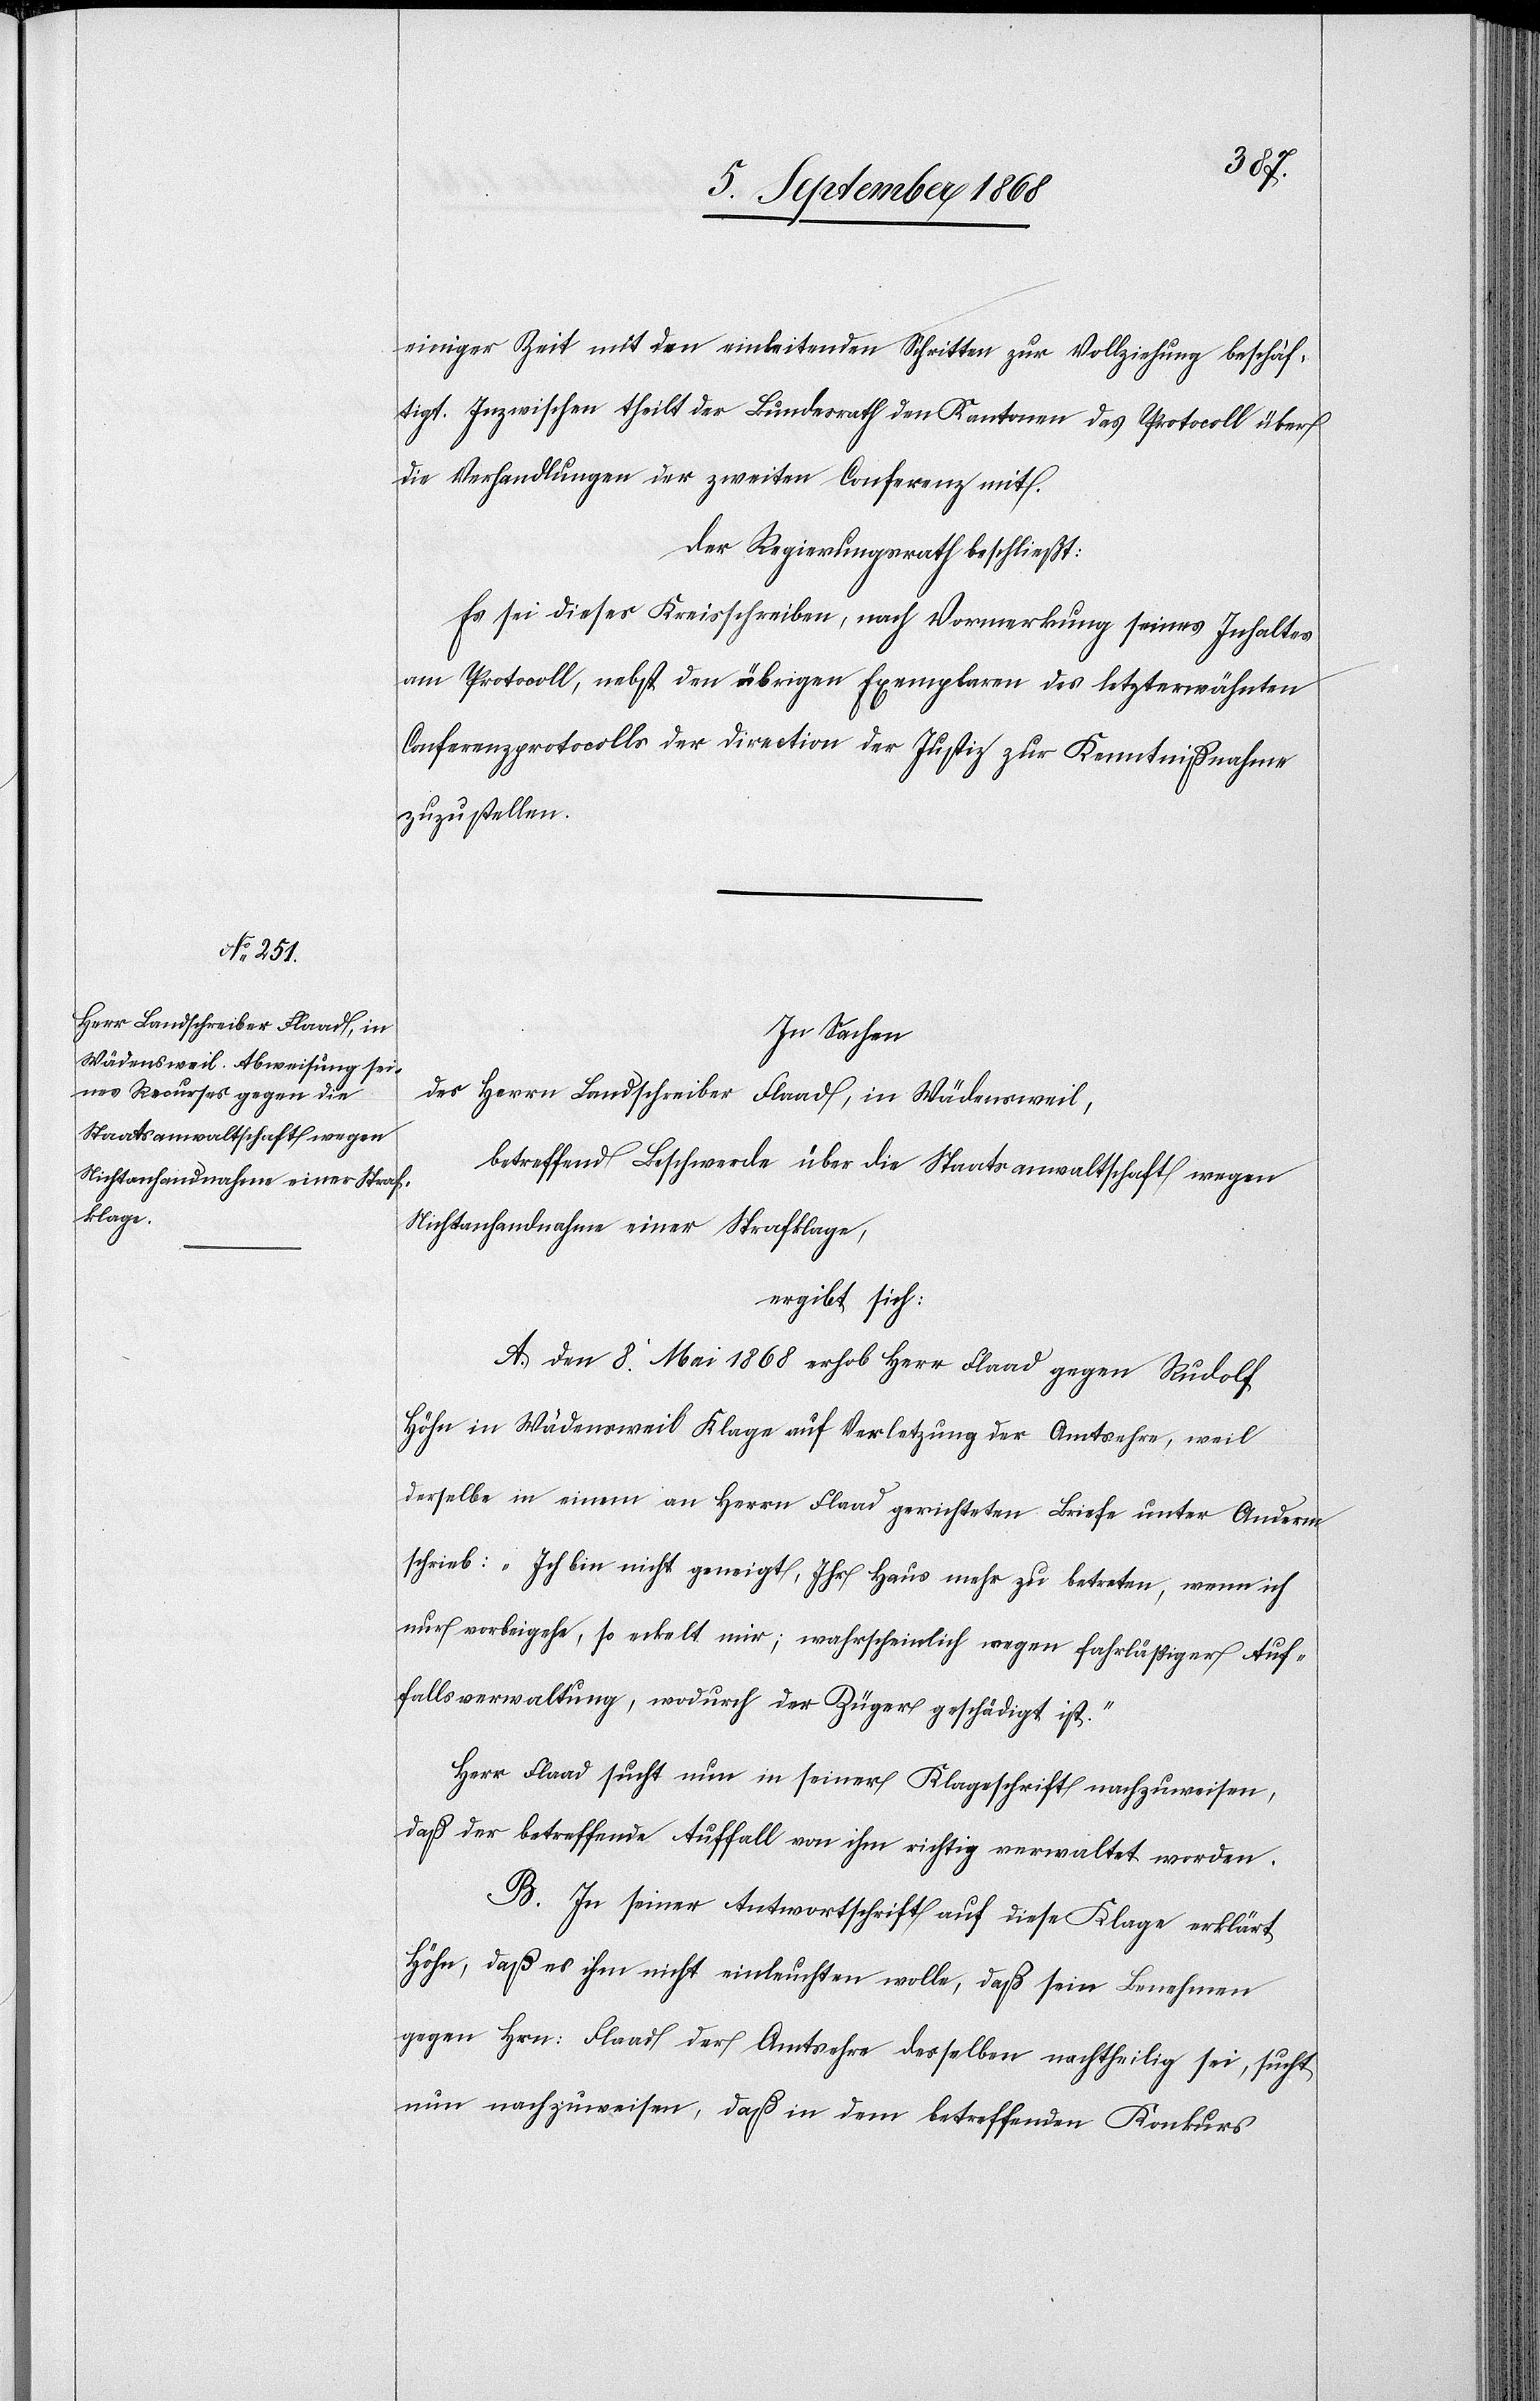
einiger Zeit mit den einleitenden Schritten zur Vollziehung beschäf¬
tigt. Inzwischen theilt der Bundesrath den Kantonen das Protocoll über
die Verhandlungen der zweiten Conferenz mit.
Der Regierungsrath beschließt:
Es sei dieses Kreisschreiben, nach Vormerkung seines Inhaltes
am Protocoll, nebst den übrigen Exemplaren des letzterwähnten
Conferenzprotocolls der Direction der Justiz zur Kenntnißnahme
zuzustellen.
In Sachen
des Herrn Landschreiber Flaad, in Wädensweil,
betreffend Beschwerde über die Staatsanwaltschaft wegen
Nichtanhandnahme einer Strafklage,
ergibt sich:
A. Den 8. Mai 1868 erhob Herr Flaad gegen Rudolf
Höhn in Wädensweil Klage auf Verletzung der Amtsehre, weil
derselbe in einem an Herrn Flaad gerichteten Briefe unter Anderm
schrieb: „Ich bin nicht geneigt, Ihr Haus mehr zu betreten, wenn ich
nur vorbeigehe, so eckelt mir; wahrscheinlich wegen fahrläßiger Auf¬
fallsverwaltung, wodurch der Züger geschädigt ist.“
Herr Flaad sucht nun in seiner Klageschrift nachzuweisen,
daß der betreffende Auffall von ihm richtig verwaltet worden.
B. In seiner Antwortschrift auf diese Klage erklärt
Höhn, daß es ihm nicht einleuchten wolle, daß sein Benehmen
gegen Hrn: Flaad der Amtsehre desselben nachtheilig sei, sucht
nun nachzuweisen, daß in dem betreffenden Konkurs